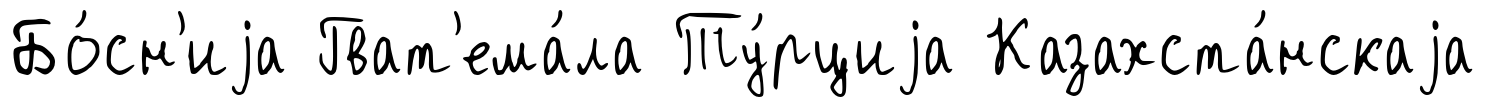
Бо́сн'иjа Гват'ема́ла Ту́рциjа Казахста́нскаjа